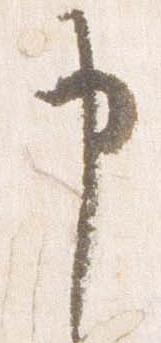
申